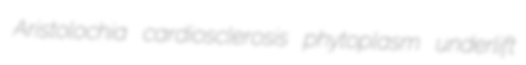
Aristolochia cardiosclerosis phytoplasm underlift